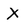
Character: X